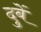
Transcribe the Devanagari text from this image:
दुबें